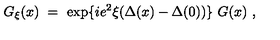
G _ { \xi } ( x ) \ = \ \exp \{ i e ^ { 2 } \xi ( \Delta ( x ) - \Delta ( 0 ) ) \} \ G ( x ) \ ,